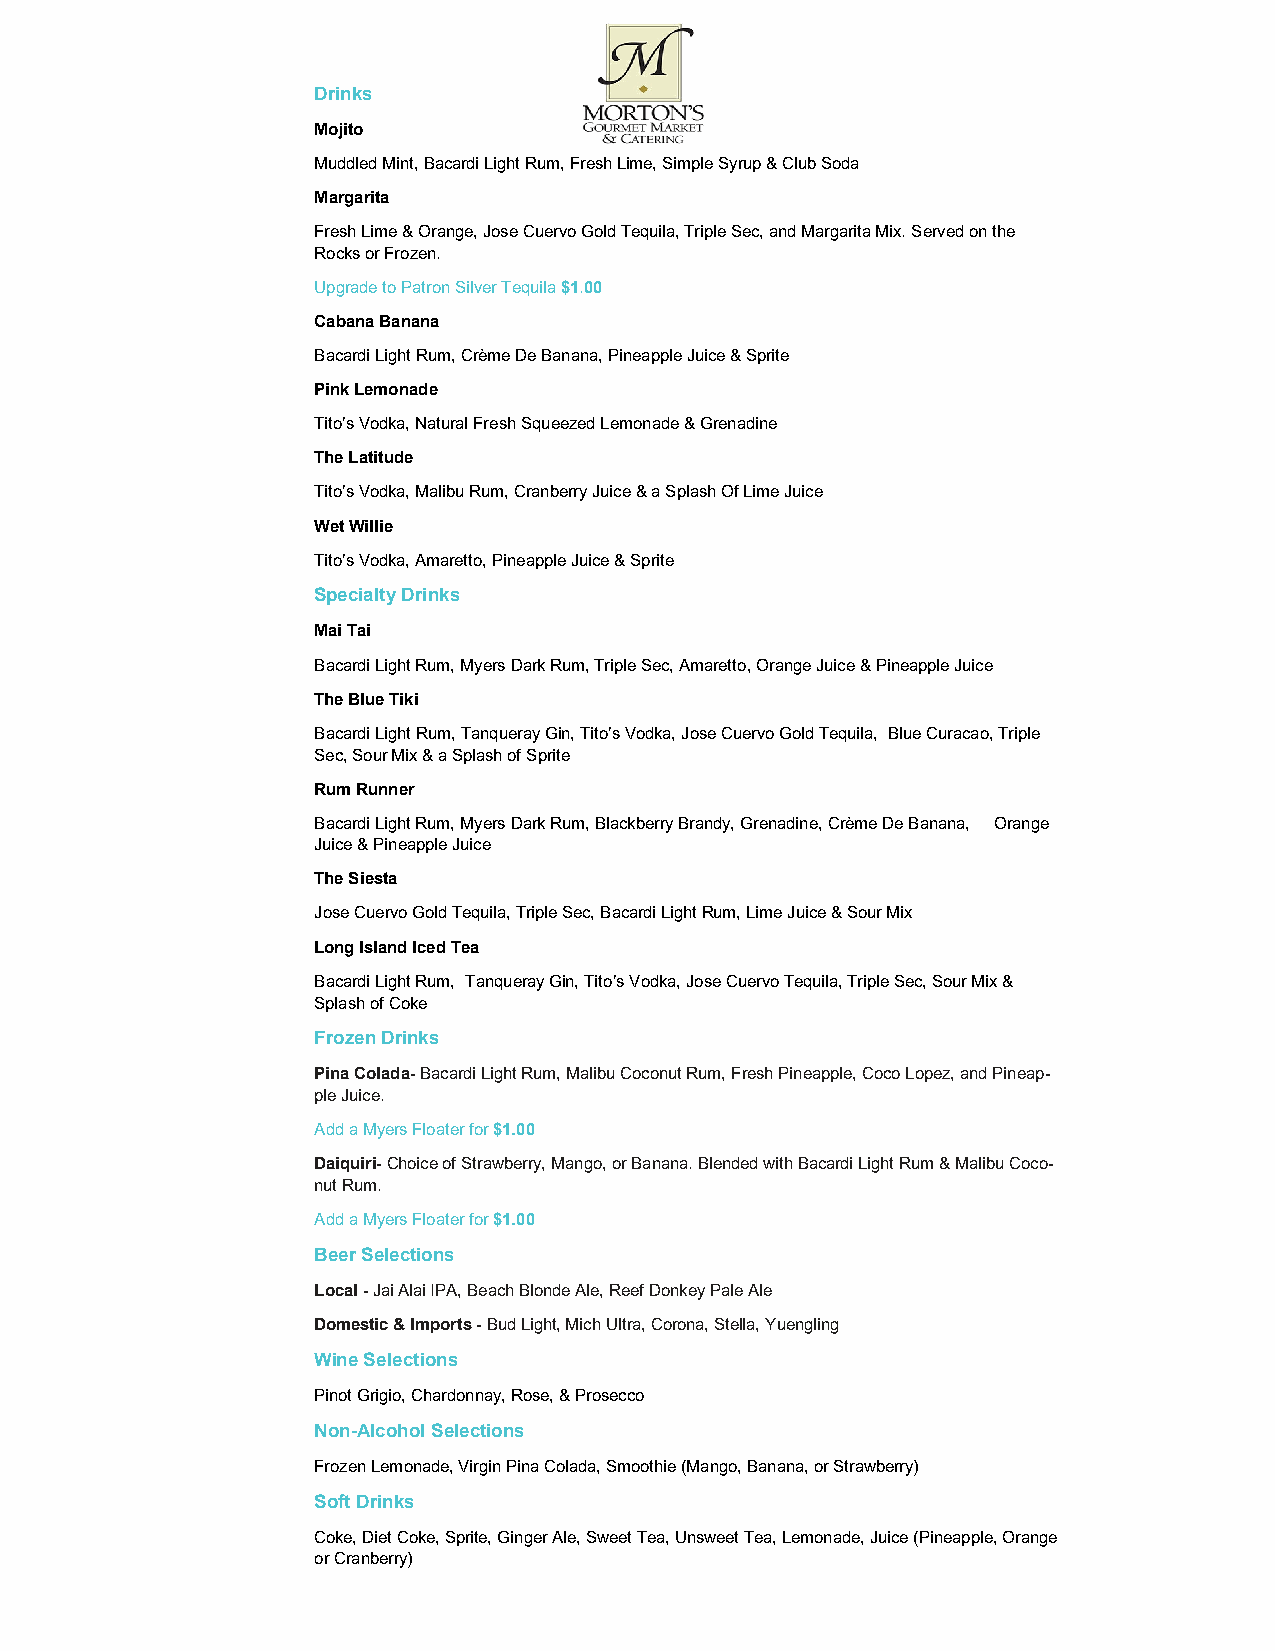
Drinks
 Mojito
 Muddled Mint, Bacardi Light Rum, Fresh Lime, Simple Syrup & Club Soda
 Margarita
 Fresh Lime & Orange, Jose Cuervo Gold Tequila, Triple Sec, and Margarita Mix. Served on the
 Rocks or Frozen.
 Upgrade to Patron Silver Tequila $1.00
 Cabana Banana
 Bacardi Light Rum, Crème De Banana, Pineapple Juice & Sprite
 Pink Lemonade
 Tito’s Vodka, Natural Fresh Squeezed Lemonade & Grenadine
 The Latitude
 Tito’s Vodka, Malibu Rum, Cranberry Juice & a Splash Of Lime Juice
 Wet Willie
 Tito’s Vodka, Amaretto, Pineapple Juice & Sprite
 Specialty Drinks
 Mai Tai
 Bacardi Light Rum, Myers Dark Rum, Triple Sec, Amaretto, Orange Juice & Pineapple Juice
 The Blue Tiki
 Bacardi Light Rum, Tanqueray Gin, Tito’s Vodka, Jose Cuervo Gold Tequila, Blue Curacao, Triple
 Sec, Sour Mix & a Splash of Sprite
 Rum Runner
 Bacardi Light Rum, Myers Dark Rum, Blackberry Brandy, Grenadine, Crème De Banana, Orange
 Juice & Pineapple Juice
 The Siesta
 Jose Cuervo Gold Tequila, Triple Sec, Bacardi Light Rum, Lime Juice & Sour Mix
 Long Island Iced Tea
 Bacardi Light Rum, Tanqueray Gin, Tito’s Vodka, Jose Cuervo Tequila, Triple Sec, Sour Mix &
 Splash of Coke
 Frozen Drinks
 Pina Colada- Bacardi Light Rum, Malibu Coconut Rum, Fresh Pineapple, Coco Lopez, and Pineap-
 ple Juice.
 Add a Myers Floater for $1.00
 Daiquiri- Choice of Strawberry, Mango, or Banana. Blended with Bacardi Light Rum & Malibu Coco-
 nut Rum.
 Add a Myers Floater for $1.00
 Beer Selections
 Local - Jai Alai IPA, Beach Blonde Ale, Reef Donkey Pale Ale
 Domestic & Imports - Bud Light, Mich Ultra, Corona, Stella, Yuengling
 Wine Selections
 Pinot Grigio, Chardonnay, Rose, & Prosecco
 Non-Alcohol Selections
 Frozen Lemonade, Virgin Pina Colada, Smoothie (Mango, Banana, or Strawberry)
 Soft Drinks
 Coke, Diet Coke, Sprite, Ginger Ale, Sweet Tea, Unsweet Tea, Lemonade, Juice (Pineapple, Orange
 or Cranberry)